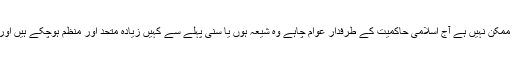
البتہ اس شرمناک تکون کو معلوم نہیں ہے کہ اب عراق میں کوئی بھی الحادی نظام رائج کرنا ہرگز ممکن نہیں ہے آج اسلامی حاکمیت کے طرفدار عوام چاہے وہ شیعہ ہوں یا سنی پہلے سے کہیں زیادہ متحد اور منظم ہوچکے ہیں اور اس طرح کے شرمناک حادثے ان کے ایمانی جذبوں کو اور زیادہ قوت و استحکام عطا کریں گے ۔